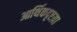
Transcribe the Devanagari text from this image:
आर्थिकदृष्टय़ा